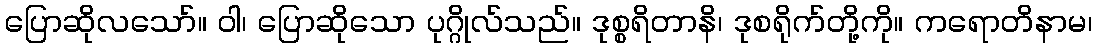
ပြောဆိုလသော်။ ဝါ၊ ပြောဆိုသော ပုဂ္ဂိုလ်သည်။ ဒုစ္စရိတာနိ၊ ဒုစရိုက်တို့ကို။ ကရောတိနာမ၊